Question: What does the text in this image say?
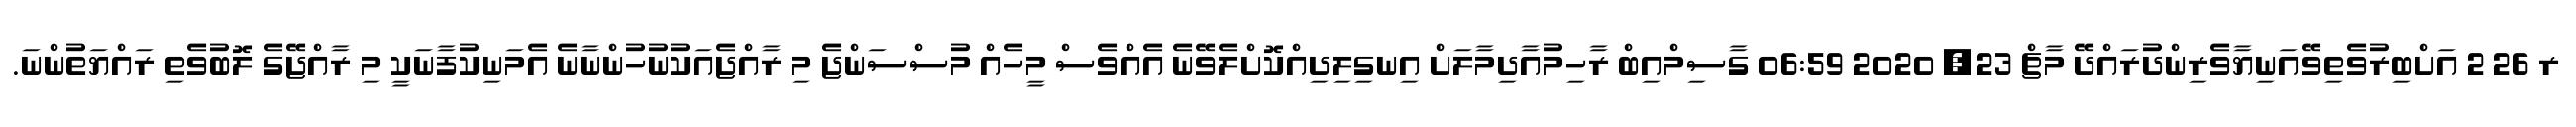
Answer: ރ 26 2 އަށްބިރުވެތިވޭއަނިޔާވެރިންދުރައްދޭ މާޗް 23, 2020 06:59 ގާސިމްއިބް ރާހިމުއާދިމާލަށް އިނގިލިދިއްކޮށްލެވޭނެ އެއްވެސް މީހެއް މުސްސަންޖެ މި ރާއްޖެއަކުނުހުންނާނެ އެމަނިކުފާނަކީ މި ރާއްޖޭގެ ލޮބުވެތި ރައްޔަތުންނަ.